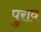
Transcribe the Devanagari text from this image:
पुराव